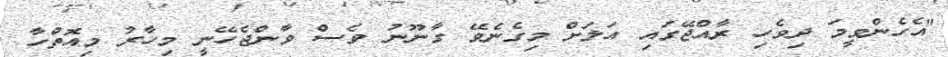
"އެހެންވީމަ ދިވެހި ރާއްޖޭގައި އަލަށް މިގެނެވޭ ގާނޫނު ވެސް ވާންޖެހޭނީ މިހާރު މިއޮތްހާ